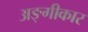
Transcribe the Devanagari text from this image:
अङ्गीकार